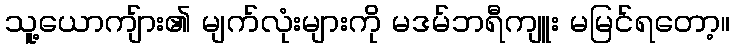
သူ့ယောကျ်ား၏ မျက်လုံးများကို မဒမ်ဘရီကျူး မမြင်ရတော့။